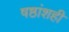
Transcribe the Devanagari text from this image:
षष्ठांशही